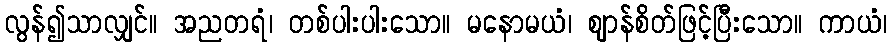
လွန်၍သာလျှင်။ အညတရံ၊ တစ်ပါးပါးသော။ မနောမယံ၊ ဈာန်စိတ်ဖြင့်ပြီးသော။ ကာယံ၊